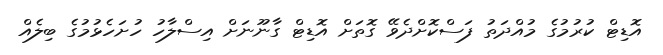
އޮޑިޓް ކުރުމުގެ މުއްދަތު ފަސްކޮށްދެވޭ ގޮތަށް އޮޑިޓް ގާނޫނަށް އިސްލާހު ހުށަހެޅުމުގެ ބިލެއް